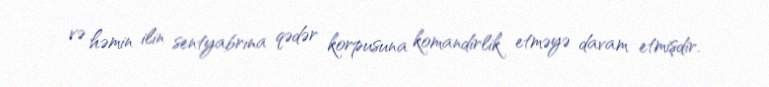
və həmin ilin sentyabrına qədər korpusuna komandirlik etməyə davam etmişdir.